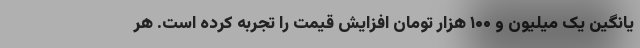
یانگین یک میلیون و ۱۰۰ هزار تومان افزایش قیمت را تجربه کرده است. هر